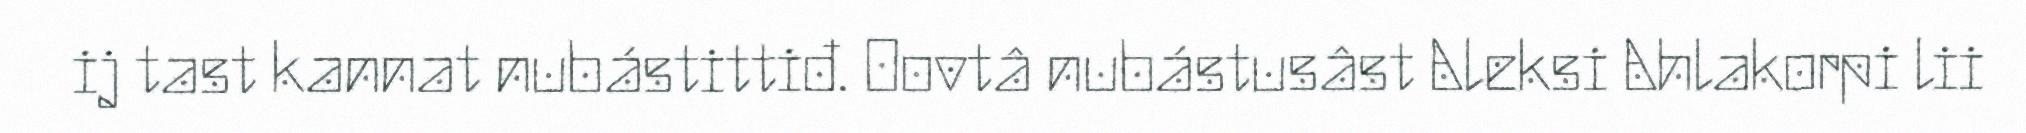
ij tast kannat nubástittiđ. Oovtâ nubástusâst Aleksi Ahlakorpi lii